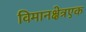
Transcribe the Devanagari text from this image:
विमानक्षेत्रएक